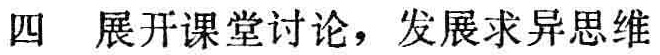
四 展开课堂讨论，发展求异思维